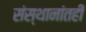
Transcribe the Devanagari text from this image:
संस्थानांतही